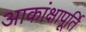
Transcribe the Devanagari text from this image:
आकांक्षापूर्ति